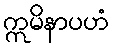
ဣမိနာပဟံ